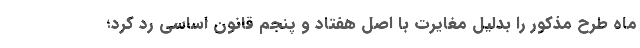
ماه طرح مذکور را بدلیل مغایرت با اصل هفتاد و پنجم قانون اساسی رد کرد؛